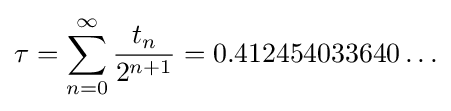
\tau =\sum _{n=0}^{\infty }{\frac {t_{n}}{2^{n+1}}}=0.412454033640\ldots